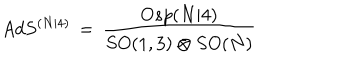
LaTeX: A d S ^ { ( N | 4 ) } \, = \, \frac { O s p ( N \vert 4 ) } { S O ( 1 , 3 ) \otimes S O ( N ) }